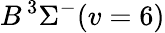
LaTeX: B\, {}^{3}\Sigma^{-}(v=6)